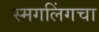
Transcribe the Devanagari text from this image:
स्मगलिंगचा